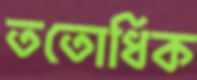
ততোধিক